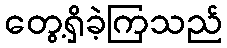
တွေ့ရှိခဲ့ကြသည်